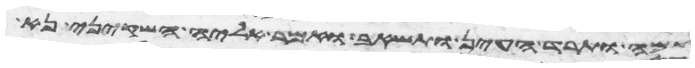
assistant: שכמה ותרד העין ותשאב ואמר אליה השקיני נא